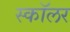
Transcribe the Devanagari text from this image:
स्काॅलर